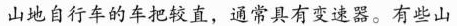
山地自行车的车把较直，通常具有变速器。有些山